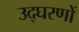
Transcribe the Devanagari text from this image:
उद्घरणों